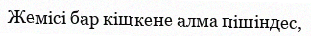
Жемісі бар кішкене алма пішіндес,